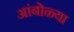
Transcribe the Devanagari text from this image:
आंबोळ्या